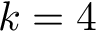
k = 4